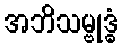
အဘိသမ္ဗုဒ္ဓံ